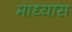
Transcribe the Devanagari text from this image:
माध्यास